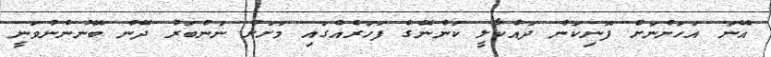
އޭނަ އަހަންނަށް ފޮނިކަން ދައްކާލީ ކަންނޭގެ ފަހަރެއްގައި މަށަށް ނަންބަރު ދޭން ބޭނުންނުވަނީ